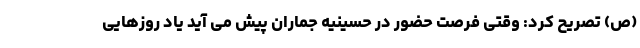
(ص)‌ تصریح کرد: وقتی فرصت حضور در حسینیه جماران پیش می آید یاد روزهایی